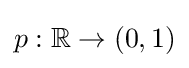
p:\mathbb {R} \rightarrow (0,1)